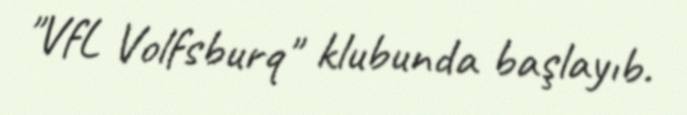
"VfL Volfsburq" klubunda başlayıb.